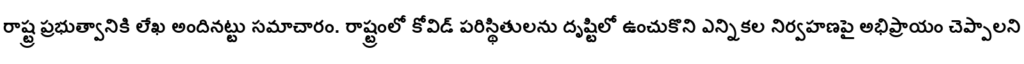
రాష్ట్ర ప్రభుత్వానికి లేఖ అందినట్టు సమాచారం. రాష్ట్రంలో కోవిడ్ పరిస్థితులను దృష్టిలో ఉంచుకొని ఎన్నికల నిర్వహణపై అభిప్రాయం చెప్పాలని